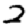
Digit: 2